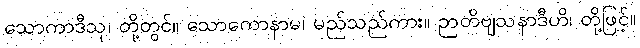
သောကာဒီသု၊ တို့တွင်။ သောကောနာမ၊ မည်သည်ကား။ ဉာတိဗျသနာဒီဟိ၊ တို့ဖြင့်။